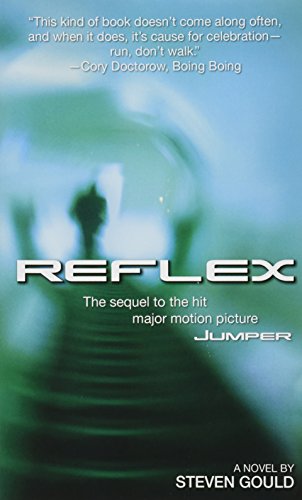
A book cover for Reflex (Jumper); Steven Gould; Science Fiction & Fantasy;